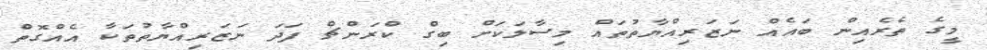
މީގެ ތެރެއިން ބައެއް ނަޒަރިއްޔާތުތައް މިސާލަކަށް ބިގް ކްރަންޗް ފަދަ ނަޒަރިއްޔާތުތަކާ އެއްގޮތް